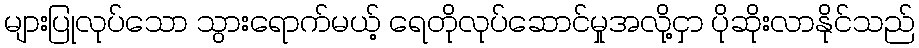
များပြုလုပ်သော သွားရောက်မယ့် ရေတိုလုပ်ဆောင်မှုအလို့ငှာ ပိုဆိုးလာနိုင်သည်